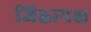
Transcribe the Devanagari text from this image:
जिह्वापक्ष